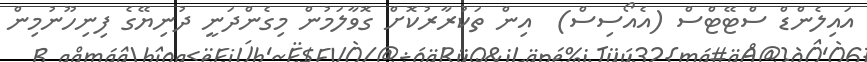
އައިލެންޑް ސްޓޭޓްސް (އެއޯސިސް)  އިން ތަކުރާރުކޮށް ގޮވާލަމުން މިގެންދަނީ ދުނިޔޭގެ ފިނިހޫނުމިން